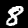
Label: 8